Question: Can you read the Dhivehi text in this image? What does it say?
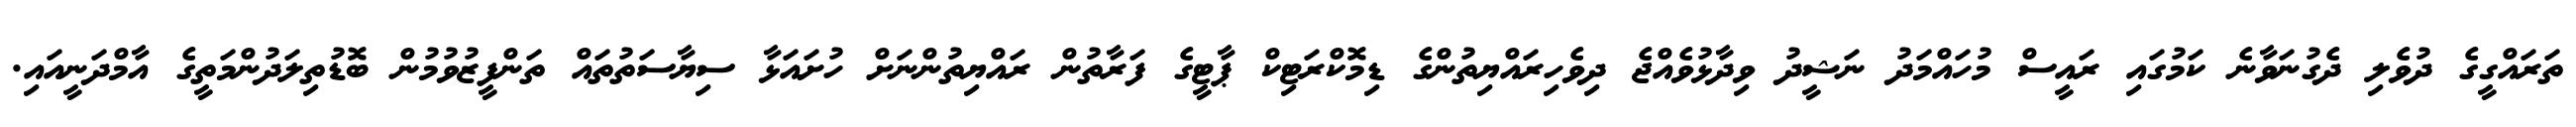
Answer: ތަރައްގީގެ ދުވެލި ދެގުނަވާނެ ކަމުގައި ރައީސް މުހައްމަދު ނަޝީދު ވިދާޅުވެއްޖެ ދިވެހިރައްޔިތުންގެ ޑިމޮކްރަޓިކް ޕާޓީގެ ފަރާތުން ރައްޔިތުންނަށް ހުށައަޅާ ސިޔާސަތުތައް ތަންފީޒުވުމުން ބޮޑުތިލަދުންމަތީގެ އާމްދަނީއައި.